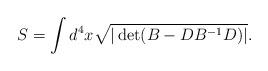
LaTeX: \begin{align*} S=\int d^4x\sqrt{|\det(B-DB^{-1}D)|}.\end{align*}